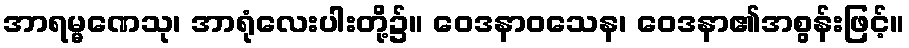
အာရမ္မဏေသု၊ အာရုံလေးပါးတို့၌။ ဝေဒနာဝသေန၊ ဝေဒနာ၏အစွန်းဖြင့်။